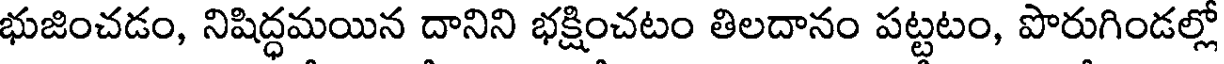
భుజించడం, నిషిద్ధమయిన దానిని భక్షించటం తిలదానం పట్టటం, పొరుగిండల్లో